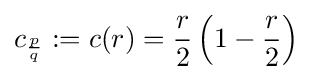
c_{\frac {p}{q}}:=c(r)={\frac {r}{2}}\left(1-{\frac {r}{2}}\right)